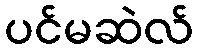
ပင်မဆဲလ်